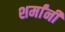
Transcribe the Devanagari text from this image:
शर्मांनी